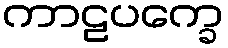
ကာဠပက္ခေ